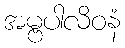
အမ္ဗပါလိဝနံ